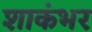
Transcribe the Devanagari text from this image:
शाकंभर